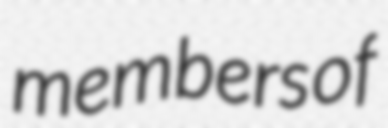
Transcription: members of